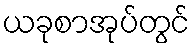
ယခုစာအုပ်တွင်